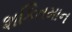
શકિતમાન